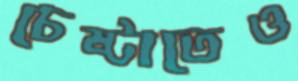
চেষ্টাতেও